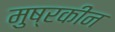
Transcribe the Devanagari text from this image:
मुष्रकीन